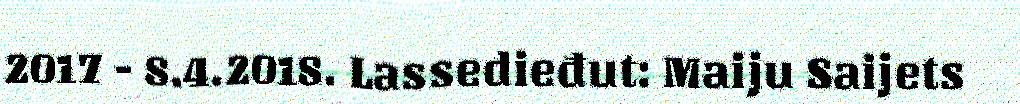
2017 - 8.4.2018. Lassedieđut: Maiju Saijets